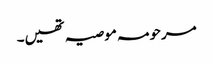
مرحومہ موصیہ تھیں۔